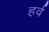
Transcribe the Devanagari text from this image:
हर्व